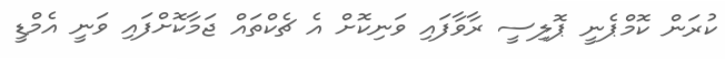
ކުރަން ކޮމްޕެނީ ޕޮލިސީ ރާވާފައި ވަނިކޮށް އެ ޗެކްތައް ޖަމާކޮށްފައި ވަނީ އެމްޑީ